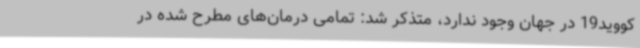
کووید19 در جهان وجود ندارد، متذکر شد: تمامی درمان‌های مطرح شده در